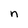
Character: n